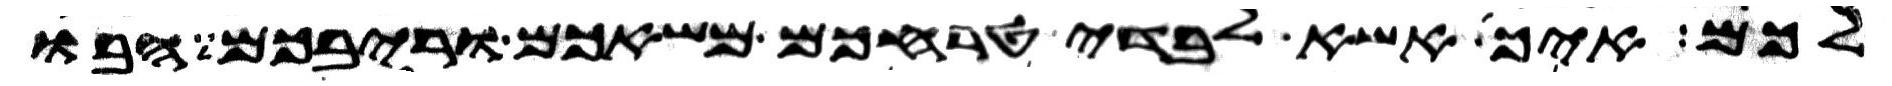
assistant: לכם איך אשא לבדי טרחכם משאכם וריבכם הבו